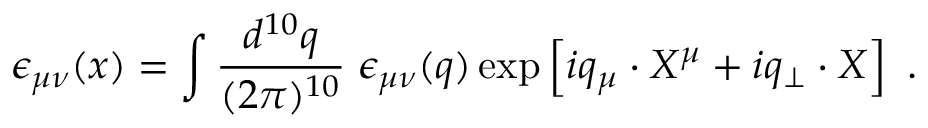
\epsilon _ { \mu \nu } ( x ) = \int \frac { d ^ { 1 0 } q } { ( 2 \pi ) ^ { 1 0 } } \; \epsilon _ { \mu \nu } ( q ) \exp \left[ i q _ { \mu } \cdot X ^ { \mu } + i q _ { \perp } \cdot X \right] \ .